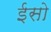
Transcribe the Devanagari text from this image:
ईसो